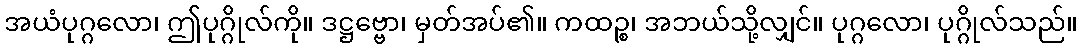
အယံပုဂ္ဂလော၊ ဤပုဂ္ဂိုလ်ကို။ ဒဋ္ဌဗ္ဗော၊ မှတ်အပ်၏။ ကထဉ္စ၊ အဘယ်သို့လျှင်။ ပုဂ္ဂလော၊ ပုဂ္ဂိုလ်သည်။